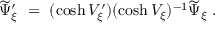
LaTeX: \widetilde \Psi _ { \xi } ^ { \prime } \ = \ ( \cosh V _ { \xi } ^ { \prime } ) ( \cosh V _ { \xi } ) ^ { - 1 } \widetilde \Psi _ { \xi } \ .